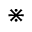
\divideontimes